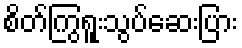
စိတ်ကြွရူးသွပ်ဆေးပြား